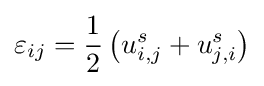
{\varepsilon _{ij}}={\frac {1}{2}}\left({{u_{i,j}^{s}}+{u_{j,i}^{s}}}\right)